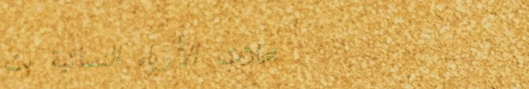
محلات الأزياء النسائية بت